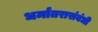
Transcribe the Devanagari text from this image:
धर्मांतरासंबंधी